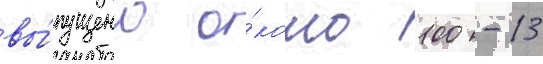
вы́пущено о́коло 100 -13